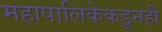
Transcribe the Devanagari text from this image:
महापालिकेकडूनही